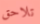
تلاحق